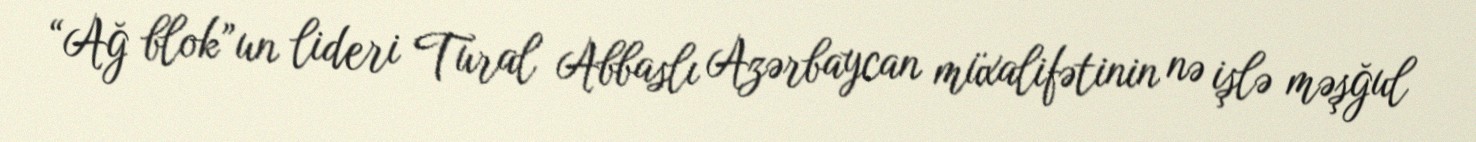
“Ağ blok”un lideri Tural Abbaslı Azərbaycan müxalifətinin nə işlə məşğul